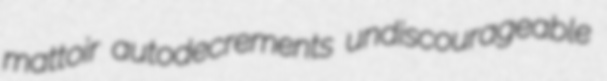
mattoir autodecrements undiscourageable